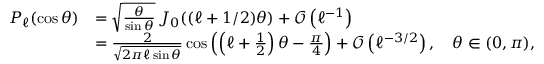
{ \begin{array} { r l } { P _ { \ell } ( \cos \theta ) } & { = { \sqrt { \frac { \theta } { \sin \theta } } } \, J _ { 0 } ( ( \ell + 1 / 2 ) \theta ) + { \mathcal { O } } \left( \ell ^ { - 1 } \right) } \\ & { = { \frac { 2 } { \sqrt { 2 \pi \ell \sin \theta } } } \cos \left( \left( \ell + { \frac { 1 } { 2 } } \right) \theta - { \frac { \pi } { 4 } } \right) + { \mathcal { O } } \left( \ell ^ { - 3 / 2 } \right) , \quad \theta \in ( 0 , \pi ) , } \end{array} }